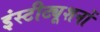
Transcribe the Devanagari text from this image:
इंस्टीट्यूशनों